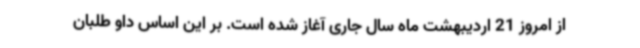
از امروز 21 اردیبهشت ماه سال جاری آغاز شده است. بر این اساس داو طلبان